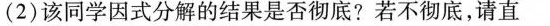
(2)该同学因式分解的结果是否彻底?若不彻底，请直。